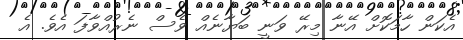
އެކަން ހާމަކޮށް އޭނާ މިރޭ ވަނީ ބަޔާނެއް ވެސް ނެރުއްވާފަ އެވެ. އެ